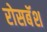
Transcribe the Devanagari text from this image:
रोसबॅश